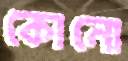
কোনো